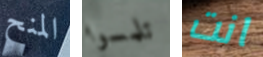
المنح تلمسوا انت